Annual statistical returns and brief notes on vaccination in Bengal - 1896-1909
Year: 1896
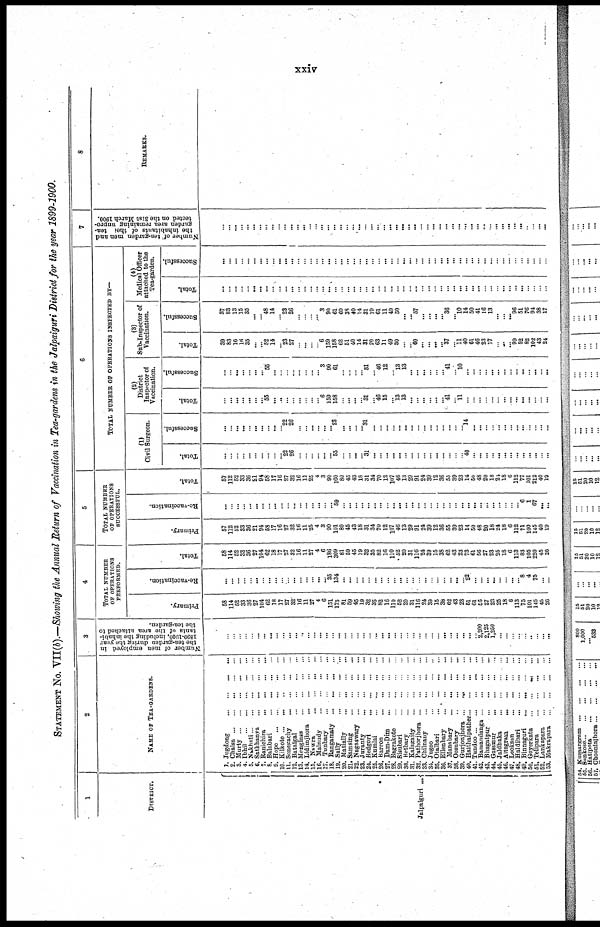
xxiv
STATEMENT No. VII(b).—Showing the Annual Return of Vaccination in Tea-gardens in the Jalpaiguri District for the year 1899-1900.
1
DISTRICT.
Jalpaiguri ...
2
NAME OF TEA-GARDENS.
1. Jugdong ... ... ... ...
2. Chalsa
...
...
...
...
...
8. Murty
...
...
...
...
...
4. Ibhil
...
...
...
...
...
5. Nakhati
...
...
...
...
...
6. Satkhanva
...
...
...
...
7. Ranichira ... ... ... ...
8. Balabari ... ... ... ...
9. Hopo
...
...
...
...
...
10. Kilkote
...
...
...
...
...
11. Sonegachy
...
...
...
...
12. Bataigal
...
...
...
...
18. Menglass ... ... ... ...
14. Lidimjhora
...
...
...
...
15. Nawra
...
...
...
...
16.
Malnudy...
...
...
...
17. Tunbary
...
...
...
...
18. Rangamaty ... ... ... ...
19. Saily
...
...
...
...
20. Matially
...
...
...
...
21. Samsing
...
...
...
...
22. Nagnrwary
...
...
...
...
23. Juranty
...
...
...
...
24. Bedgori
...
...
...
...
26. Kumlai
...
...
...
...
26. Barron ... ... ... ...
27. Dam-Dim
...
...
...
...
28. Bagrakote
...
...
...
...
29. Sisubari
...
...
...
...
80. Betbary
...
...
...
...
31. Kalagaity
...
...
...
...
82. Pathorjhora
...
...
...
...
83. Chilnauy ... ... ... ...
84. Jugoo
...
...
...
...
85. Otalbari
...
...
...
...
86. Ellenbary
...
...
...
...
37. Manabary
...
...
...
...
38. Oosubary
...
...
...
...
39. Gurjonjhora ...
...
40. Haithaipather
...
...
...
41. Tundoo
...
...
...
...
...
42. Bamandanga
...
...
...
...
43. Bhagatpur
...
...
...
...
44. Gassmur
...
...
...
...
45. Jaldhaka
...
...
...
...
46. Altagram
...
...
...
...
47. Looksan
...
...
...
...
48. Haldibari
...
...
...
...
49. Binnaguri
...
...
...
...
50. Goyerkata ... ... ... ...
51. Telipara
...
...
...
...
52. Lankapara
...
...
...
...
53. Makrapara
...
...
...
...
3
Number of men employed in
the tea-garden during the year
1890-1900, including the inhabi-
tants of the area attached to
the tea-garden.
...
...
...
...
...
...
...
...
...
...
...
...
...
...
...
...
...
...
...
...
...
...
...
...
...
...
...
... ...
...
...
...
...
...
...
...
...
...
...
...
...
2,200
2,125
1,250
...
...
...
...
...
...
...
...
...
4
TOTAL NUMBER
OF OPERATIONS
PERFORMED.
Primary.
58
114
52
33
36
27
104
62
18
17
27
32
16
11
27
4
6
151
175
81
59
45
19
32
35
82
16
110
52
20
31
116
24
39
15
88
62
43
23
51
61
56
27
28
25
18
6
113
75
101
145
45
20
Re-vaccination.
...
...
...
...
...
...
...
...
...
...
...
...
...
...
...
...
... 35
134
...
...
...
...
...
...
...
...
...
...
...
...
...
...
...
...
...
...
...
...
22
...
...
...
...
...
...
...
...
8
4
75
...
...
Total.
58
114
52
33
36
27
104
62
18
17
27
32
16
11
27
4
6
186
309
81
59
45
19
32
35
82
16
110
52
20
31
116
24
39
15
38
62
43
23
73
61
56
27
23
25
18
6
113
83
105
220
45
26
5
TOTAL NUMBER
OF OPERATIONS
SUCCESSFUL.
Primary.
57
112
52
33
36
21
94
58
17
16
27
32
16
11
25
4
8
90
101
80
45
43
18
31
34
70
12
107
46
13
29
91
24
39
12
36
55
39
23
14
50
48
20
18
24
18
6
112
71
100
145
40
19
Re-vaccination.
...
...
...
...
...
...
...
...
...
...
...
...
...
...
...
...
...
...
59
...
...
...
...
...
...
...
...
...
...
...
...
...
...
...
...
...
...
...
...
...
...
...
...
...
...
...
...
...
6
1
67
...
...
Total.
57
112
52
33
36
21
94
58
17
16
27
32
16
11
25
4
3
90
160
80
45
43
18
31
34
70
12
107
46
13
29
91
24
39
12
36
55
89
23
14
50
48
20
18
21
18
6
112
77
101
212
40
19
6
TOTAL NUMBER OF OPERATIONS INSPECTED BY—
(1)
Civil Burgeon.
Total.
...
...
...
...
...
...
...
...
...
... 22
26
...
...
...
...
...
...
55
...
...
...
...
31
...
...
...
...
...
...
...
...
...
...
...
...
...
...
...
40
...
...
...
...
...
...
...
...
...
...
...
...
...
Successful.
...
...
...
...
...
...
...
...
...
...
22
26
...
...
...
...
...
...
28
...
...
...
...
31
...
...
...
...
...
...
...
...
...
...
...
...
...
...
...
14
...
...
...
...
...
...
...
...
...
...
...
...
...
(2)
District
Inspector of
Vaccination.
Total.
...
...
...
...
...
...
...
55
...
...
...
...
...
...
...
...
6
159
158
...
...
...
...
31
...
46
15
...
13 13
...
...
...
...
...
...
41
...
11
...
...
...
...
...
...
...
...
...
...
...
...
...
...
Successful.
...
...
...
...
...
...
...
55
...
...
...
...
...
...
...
...
3
90
61
...
...
...
...
31
...
46
12
...
13
13
...
...
...
...
...
...
41
...
10
...
...
...
...
...
...
...
...
...
...
...
...
...
...
(3)
Sub-Inspector of
Vaccination.
Total.
39
83
16
16
35
...
...
52
14
...
23
27
...
...
...
...
6
159
158
62
51
40
14
31
20
63
11
49
30
...
...
60
...
...
...
...
37
...
11
40
61
46
23
17
...
...
...
99
52
82
102
43
24
Successful.
37
83
13
15
35
...
...
48
14
...
28
26
...
...
...
...
3
90
61
60
38
40
14
31
19
61
11
49
30
...
...
57
...
...
...
...
36
...
10
14
50
41
16
13
...
...
...
96
51
76
94
38
17
Medical Officer
attached to the
Tea-garden.
Total.
...
...
...
...
...
...
...
...
...
...
...
...
...
...
...
...
...
...
...
...
...
...
...
...
...
...
...
...
...
...
...
... ...
...
...
...
...
...
...
...
...
...
...
...
...
...
...
...
...
...
...
...
...
Successful.
...
...
...
...
...
...
...
...
...
...
... ...
...
...
...
...
...
... ...
...
... ...
...
...
...
...
...
...
...
...
...
... ...
...
...
...
... ...
...
...
... ...
... ...
...
... ...
... ...
...
... ...
...
7
Number of tea-garden men and
the inhabitants of the) tea¬
garden area remaining unpro¬
tected on the 31st March 1900.
...
...
... ...
...
...
...
...
...
...
...
...
... ...
...
... ...
...
...
...
... ...
...
...
...
...
... ...
...
...
...
...
... ...
...
... ...
...
... ...
...
...
...
... ...
...
...
...
...
...
... ...
...
8
REMARKS.